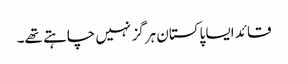
قائد ایسا پاکستان ہرگز نہیں چاہتے تھے۔